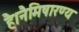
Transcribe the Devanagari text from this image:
है।नैमिषारण्य